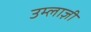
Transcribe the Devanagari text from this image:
उम्लाज़ी